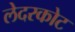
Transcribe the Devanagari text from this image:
लेदरकोट